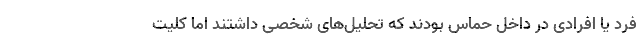
فرد یا افرادی در داخل حماس بودند که تحلیل‌های شخصی داشتند اما کلیت